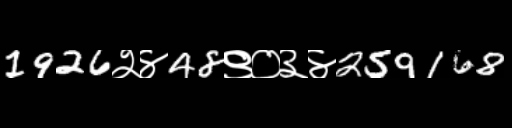
Text: 1926२४48९०३४259168